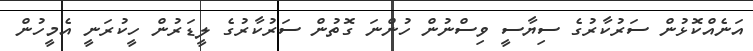
އަނެއްކޮޅުން ސަރުކާރުގެ ސިޔާސީ ވިސްނުން ހުންނަ ގޮތުން ސަރުކާރުގެ ލީޑަރުން ހީކުރަނީ އެމީހުން